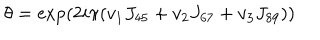
\theta = \exp ( 2 i \pi ( v _ { 1 } J _ { 4 5 } + v _ { 2 } J _ { 6 7 } + v _ { 3 } J _ { 8 9 } ) )